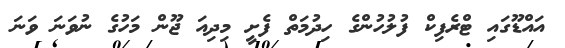
އައްޑޫގައި ޓްރެފިކް ފުލުހުންގެ ހިދުމަތް ފެށީ މިދިއަ ޖޫން މަހުގެ ނުވަނަ ވަނަ